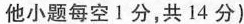
他小题每空1分，共14分)